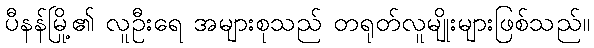
ပီနန်မြို့၏ လူဦးရေ အများစုသည် တရုတ်လူမျိုးများဖြစ်သည်။